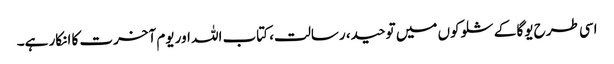
اسی طرح یوگا کے شلوکوں میں توحید، رسالت، کتاب اللہ اور یوم آخرت کا انکار ہے۔